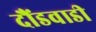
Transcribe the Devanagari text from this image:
दौंडवाडी